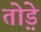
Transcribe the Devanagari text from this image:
तो़ड़े